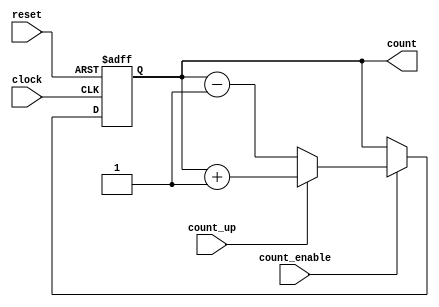
module ripple_counter (
    input wire clock,          // Clock input
    input wire reset,          // Asynchronous reset input
    input wire count_enable,    // Count enable input
    input wire count_up,       // Count direction: 1 for up, 0 for down
    output reg [N-1:0] count   // Output count (N-bit wide)
);

parameter N = 4; // Specify the number of bits for the counter (default is 4-bits)

always @(posedge clock or posedge reset) begin
    if (reset) begin
        count <= 0; // Reset the count to 0
    end else if (count_enable) begin
        if (count_up) begin
            count <= count + 1; // Count up
        end else begin
            count <= count - 1; // Count down
        end
    end
end

endmodule